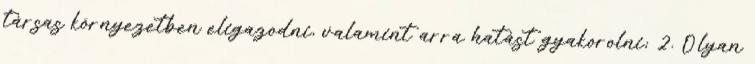
társas környezetben eligazodni, valamint arra hatást gyakorolni; 2. Olyan